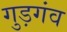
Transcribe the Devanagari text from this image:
गुड़गंव